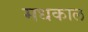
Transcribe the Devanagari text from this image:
मधकाल